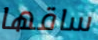
ساقها